Lunatic asylums in Bengal annual reports 1899-1911 - 1899-1911
Year: 1899
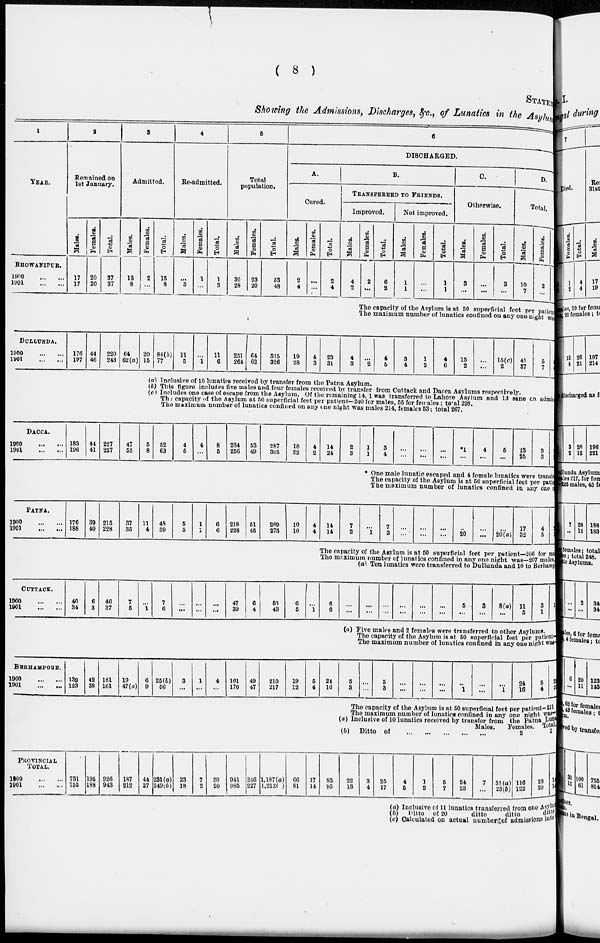
( 8 )
STATE
Showing the Admissions, Discharges, &c., of Lunatics in the Asylum
1
YEAR.
BHOWANIPUR.
1900
...
...
1901
...
...
2
Remained on
1st January.
Males.
17
17
Females.
20
20
Total.
37
37
3
Admitted.
Males.
13
8
Females.
2
...
Total.
15
8
4
Re-admitted.
Males.
...
3
Females.
1
...
Total.
1
3
5
Total
population.
Males.
30
28
Females.
23
20
Total.
53
48
6
DISCHARGED.
A.
Cured.
Males.
2
4
Females.
...
...
Total.
2
4
B.
TRANSFERED TO FRIENDS.
Improved.
Males.
4
2
Females.
2
...
Total.
6
2
Not improved.
Males.
1
1
Females.
...
...
Total.
1
1
C.
Otherwise.
Males.
3
...
Females.
...
...
Total.
3
...
D.
Total.
Males.
10
7
Females.
2
...
The capacity of the Asylum is at 50 superficial feet per patient
The maximum number of lunatics confined on any one night was
DULLUNDA.
1900
...
...
1901 ... ...
176
197
44
46
220
243
64
62(a)
20
15
84(b)
77
11
5
...
1
11
6
251
264
64
62
315
326
19
28
4
3
23
31
4
3
...
2
4
4
3
4
1
2
4
6
15
2
...
...
15(c)
2
41
37
5
7
(a) Inclusive of 10 lunatics received by transfer from the Patna Asylum.
(b) This figure includes five males and four females received by transfer from Cuttact and Dacca Asylums respectively.
(c) Includes one case of escape from the Asylum. Of the remaining 14,1 was transferred to Lahore Asylum and 13 sane on admisi
The capacity of the Asylum at 50 superficial feet per patient—240 for males, 55 females ; total 295.
The maximum number of lunatics confined on any one night was males 214, females 53; total 267.
DACCA.
1900
...
...
1901
...
...
183
196
44
41
227
237
47
55
5
8
52
63
4
5
4
...
8
5
234
256
53
49
287
305
10
22
4
2
14
24
2
3
1
1
3
4
...
...
...
...
...
...
*1
...
4
...
6
...
13
25
9
3
* One male lunatic escaped and 4 female lunatics were transie
The capacity of the Asylum is at 50 superficial feet per patie
The maximum number of lunatics confined in any one
PATNA.
1900
...
...
1901
...
...
176
188
39
40
215
228
37
35
11
4
43
39
5
5
1
3
6
6
218
228
51
45
269
273
10
10
4
4
14
14
7
2
...
1
7
3
...
...
...
...
...
...
...
20
...
...
...
20(a)
17
32
4
5
The capacity of the Asylum is at 50 superficial feet per patient—206 for males
The maximum number of lunalics confined in any one night was—207 males,
(a) Ten lunatics were transferred to Dullunda and 10 to Berhamp
CUTTACK.
1900
...
...
1901 ... ...
40
34
6
3
46
37
7
5
...
1
7
0
...
...
...
...
47
39
6
4
53
43
6
5
...
1
6
6
...
...
...
...
...
...
...
...
...
...
...
...
5
...
3
...
8(a)
...
11
5
3
1
(a) Five males and 2 females were transferred to other Asylums.
The capacity of the Asylum is at 50 superficial feet per patient
The maximum number of lunatics confined in any one night was
BHRHAMPORE.
1900
...
...
1901
...
...
139
123
42
38
181
161
19
47(a)
6
9
25(b)
56
3
...
1
...
4
...
161
170
49
47
210
217
19
12
5
4
21
16
5
3
...
...
5
3
...
...
...
...
...
...
...
1
...
...
...
1
24
10
5
4
2
2
The capacity of the Asylum is at 50 superficial feet per patient-211
The maximum number of lunatics confined in any one night was-
(a) Inclusive of 10 lunatics received by transfer from the Patna Lun
Males.
(b)
Ditto of
...
...
...
...
...
...
Female.
2
Total
2
PROVISCIAL
TOTAL.
1900 ... ...
1901
...
...
731
755
195
188
926
943
187
212
44
37
231(a)
249(b)
23
18
7
2
30
20
941
985
216
227
1.187(a)
1,2121 ( )
66
81
17
14
83
95
22
13
3
4
25
17
4
5
1
2
5
7
24
23
7
...
31(a)
23(b)
116
123
28 1
(a) Inclusive of 11 lunatics transferred from one Asylums
(b) Ditto
of 20
ditto
ditto
ditto
(c) Calculated on actual number of admissions into